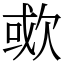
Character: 㰲